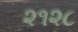
૨૧૨૮